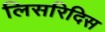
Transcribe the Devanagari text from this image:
लिसरिदिस